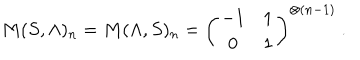
LaTeX: M ( S , \Lambda ) _ { n } = M ( \Lambda , S ) _ { n } = \left( \begin{matrix} { { - 1 } } & { { 1 } } \\ { { 0 } } & { { 1 } } \\ \end{matrix} \right) ^ { \otimes ( n - 1 ) } \ .